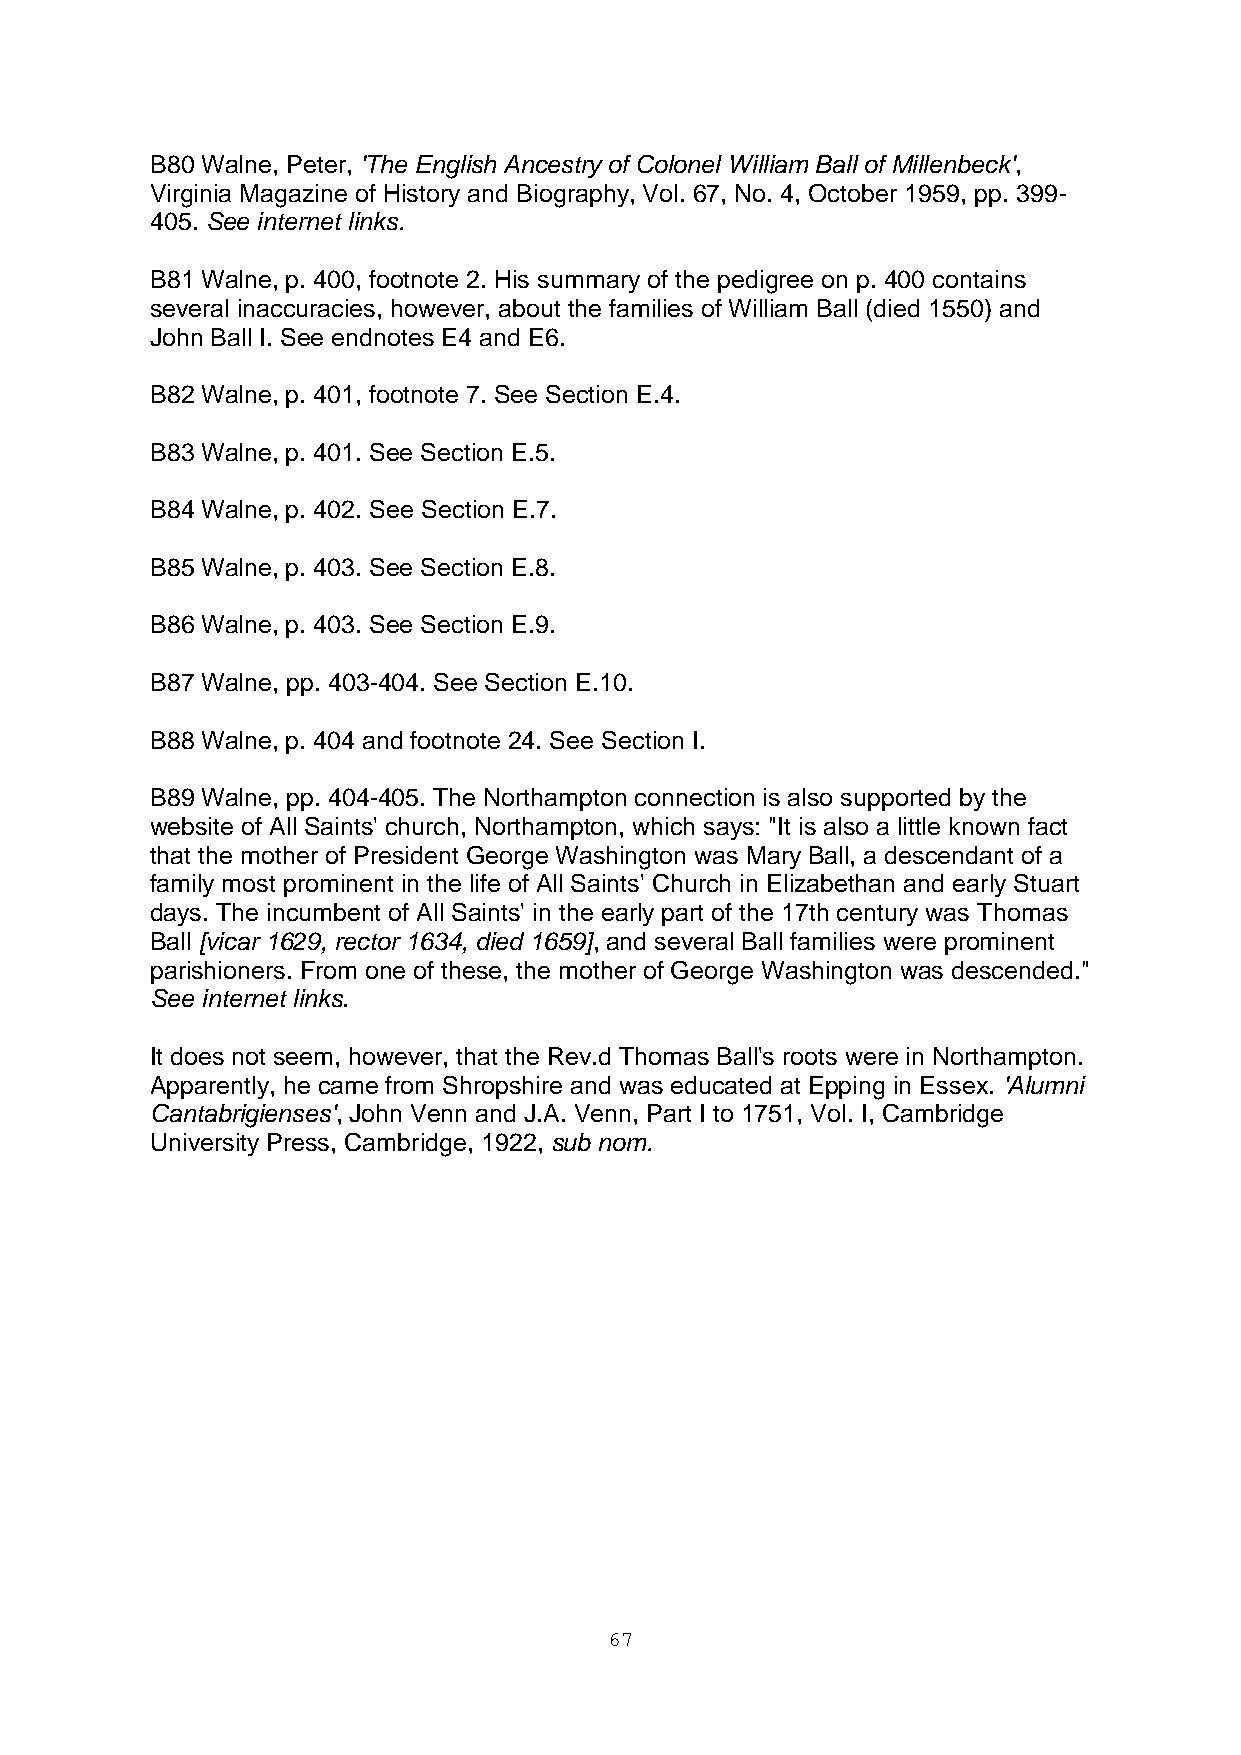
B80 Walne, Peter, 'The English Ancestry of Colonel William Ball of Millenbeck',
 Virginia Magazine of History and Biography, Vol. 67, No. 4, October 1959, pp. 399-
 405. See internet links.
 B81 Walne, p. 400, footnote 2. His summary of the pedigree on p. 400 contains
 several inaccuracies, however, about the families of William Ball (died 1550) and
 John Ball I. See endnotes E4 and E6.
 B82 Walne, p. 401, footnote 7. See Section E.4.
 B83 Walne, p. 401. See Section E.5.
 B84 Walne, p. 402. See Section E.7.
 B85 Walne, p. 403. See Section E.8.
 B86 Walne, p. 403. See Section E.9.
 B87 Walne, pp. 403-404. See Section E.10.
 B88 Walne, p. 404 and footnote 24. See Section I.
 B89 Walne, pp. 404-405. The Northampton connection is also supported by the
 website of All Saints' church, Northampton, which says: "It is also a little known fact
 that the mother of President George Washington was Mary Ball, a descendant of a
 family most prominent in the life of All Saints' Church in Elizabethan and early Stuart
 days. The incumbent of All Saints' in the early part of the 17th century was Thomas
 Ball [vicar 1629, rector 1634, died 1659], and several Ball families were prominent
 parishioners. From one of these, the mother of George Washington was descended."
 See internet links.
 It does not seem, however, that the Rev.d Thomas Ball's roots were in Northampton.
 Apparently, he came from Shropshire and was educated at Epping in Essex. 'Alumni
 Cantabrigienses', John Venn and J.A. Venn, Part I to 1751, Vol. I, Cambridge
 University Press, Cambridge, 1922, sub nom.
 67